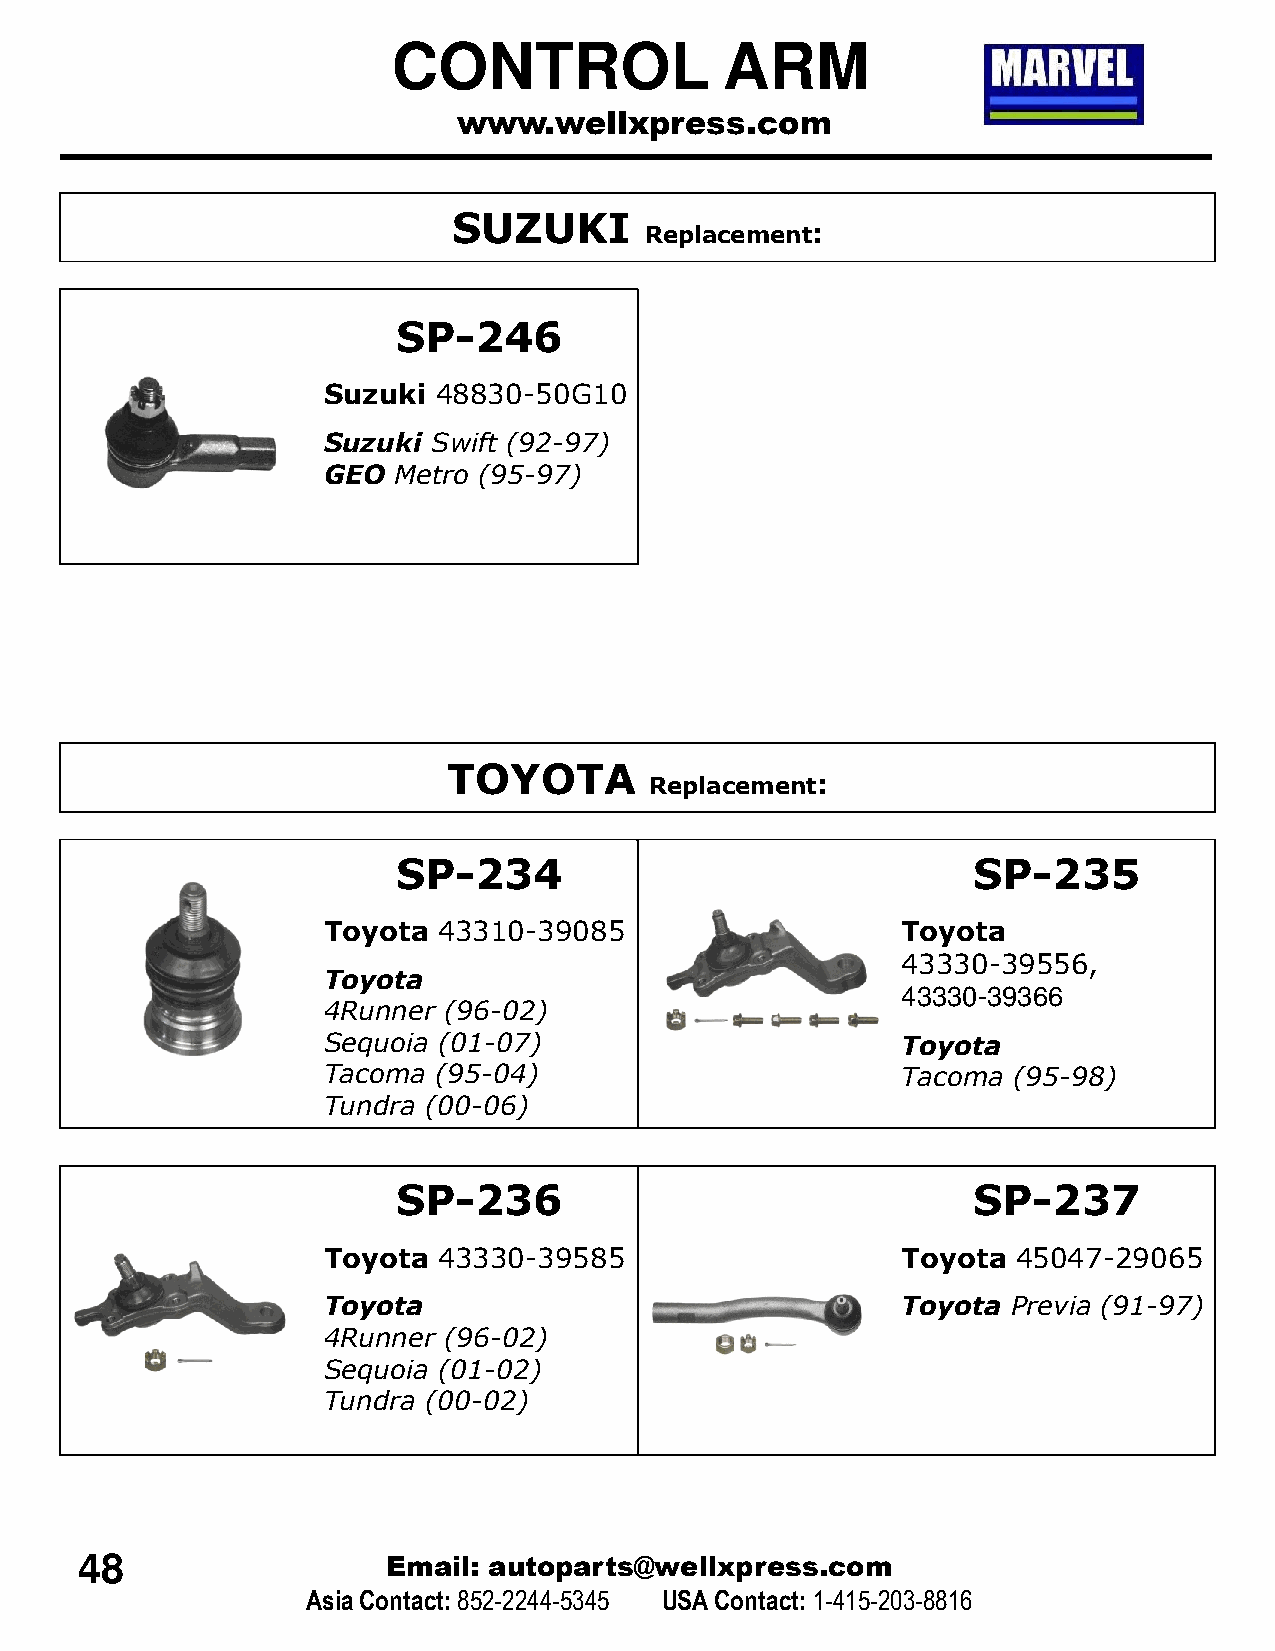
CONTROL               ARM
 www.wellxpress.com
 SUZUKI
 Replacement:
 SP-246
 Suzuki  48830-50G10
 Suzuki  Swift (92-97)
 GEO  Metro (95-97)
 TOYOTA
 Replacement:
 SP-234                                SP-235
 Toyota  43310-39085                    Toyota
 43330-39556,
 Toyota
 43330-39366
 4Runner (96-02)
 Sequoia (01-07)                        Toyota
 Tacoma  (95-04)                        Tacoma (95-98)
 Tundra (00-06)
 SP-236                                SP-237
 Toyota  43330-39585                    Toyota 45047-29065
 Toyota                                 Toyota Previa (91-97)
 4Runner (96-02)
 Sequoia (01-02)
 Tundra (00-02)
 48                   Email: autoparts@wellxpress.com
 Asia Contact:852-2244-5345 USA Contact: 1-415-203-8816